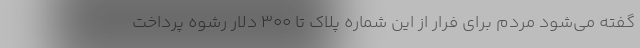
گفته می‌شود مردم برای فرار از این شماره پلاک تا ۳۰۰ دلار رشوه پرداخت